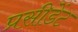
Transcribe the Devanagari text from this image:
प्रसीडेंट